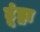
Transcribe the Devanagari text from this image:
टूंड्रा